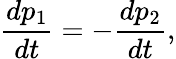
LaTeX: {\frac{dp_{1}}{dt}}=-{\frac{dp_{2}}{dt}},